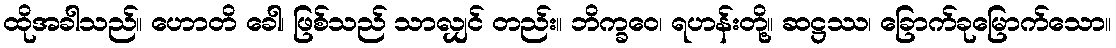
ထိုအခါသည်။ ဟောတိ ခေါ၊ ဖြစ်သည် သာလျှင် တည်း။ ဘိက္ခဝေ၊ ရဟန်းတို့။ ဆဋ္ဌဿ၊ ခြောက်ခုမြောက်သော။